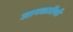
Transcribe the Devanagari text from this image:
जानकारीयाँ